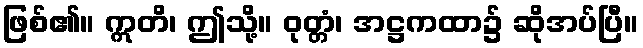
ဖြစ်၏။ ဣတိ၊ ဤသို့။ ဝုတ္တံ၊ အဋ္ဌကထာ၌ ဆိုအပ်ပြီ။